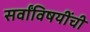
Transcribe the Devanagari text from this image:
सर्वांविषयींची